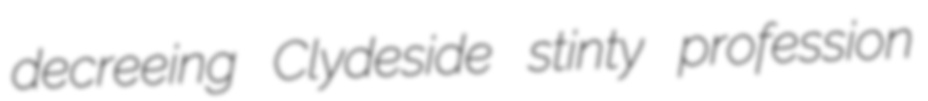
decreeing Clydeside stinty profession